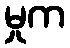
မှုက